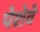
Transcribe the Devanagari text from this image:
पेशेवे